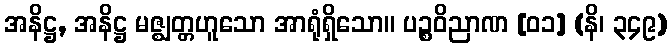
အနိဋ္ဌ, အနိဋ္ဌ မဇ္ဈတ္တဟူသော အာရုံရှိသော။ ပဉ္စဝိညာဏ [၀၁] (နိ၊ ၃၄၉)